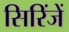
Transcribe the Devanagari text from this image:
सिरिंजें